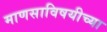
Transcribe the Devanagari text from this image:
माणसाविषयीच्या